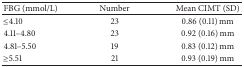
| FBG (mmol/L) | Number | Mean CIMT (SD) |
 | --- | --- | --- |
 | ≤4.10 | 23 | 0.86 (0.11) mm |
 | 4.11–4.80 | 23 | 0.92 (0.16) mm |
 | 4.81–5.50 | 19 | 0.83 (0.12) mm |
 | ≥5.51 | 21 | 0.93 (0.19) mm |